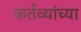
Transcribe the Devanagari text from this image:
कर्तव्यांच्या